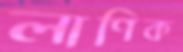
লাণিক